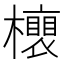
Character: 𣟎